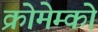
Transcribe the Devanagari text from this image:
क्रोमेम्को